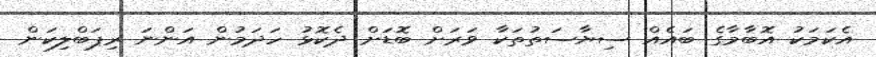
އެކަމަކު އޮބާމާގެ ބައެއް ސިޔާސަތުތަކާ ވަރަށް ބޮޑަށް ދެކޮޅު ހަދަމުން އަންނަ ރިޕަބްލިކަން